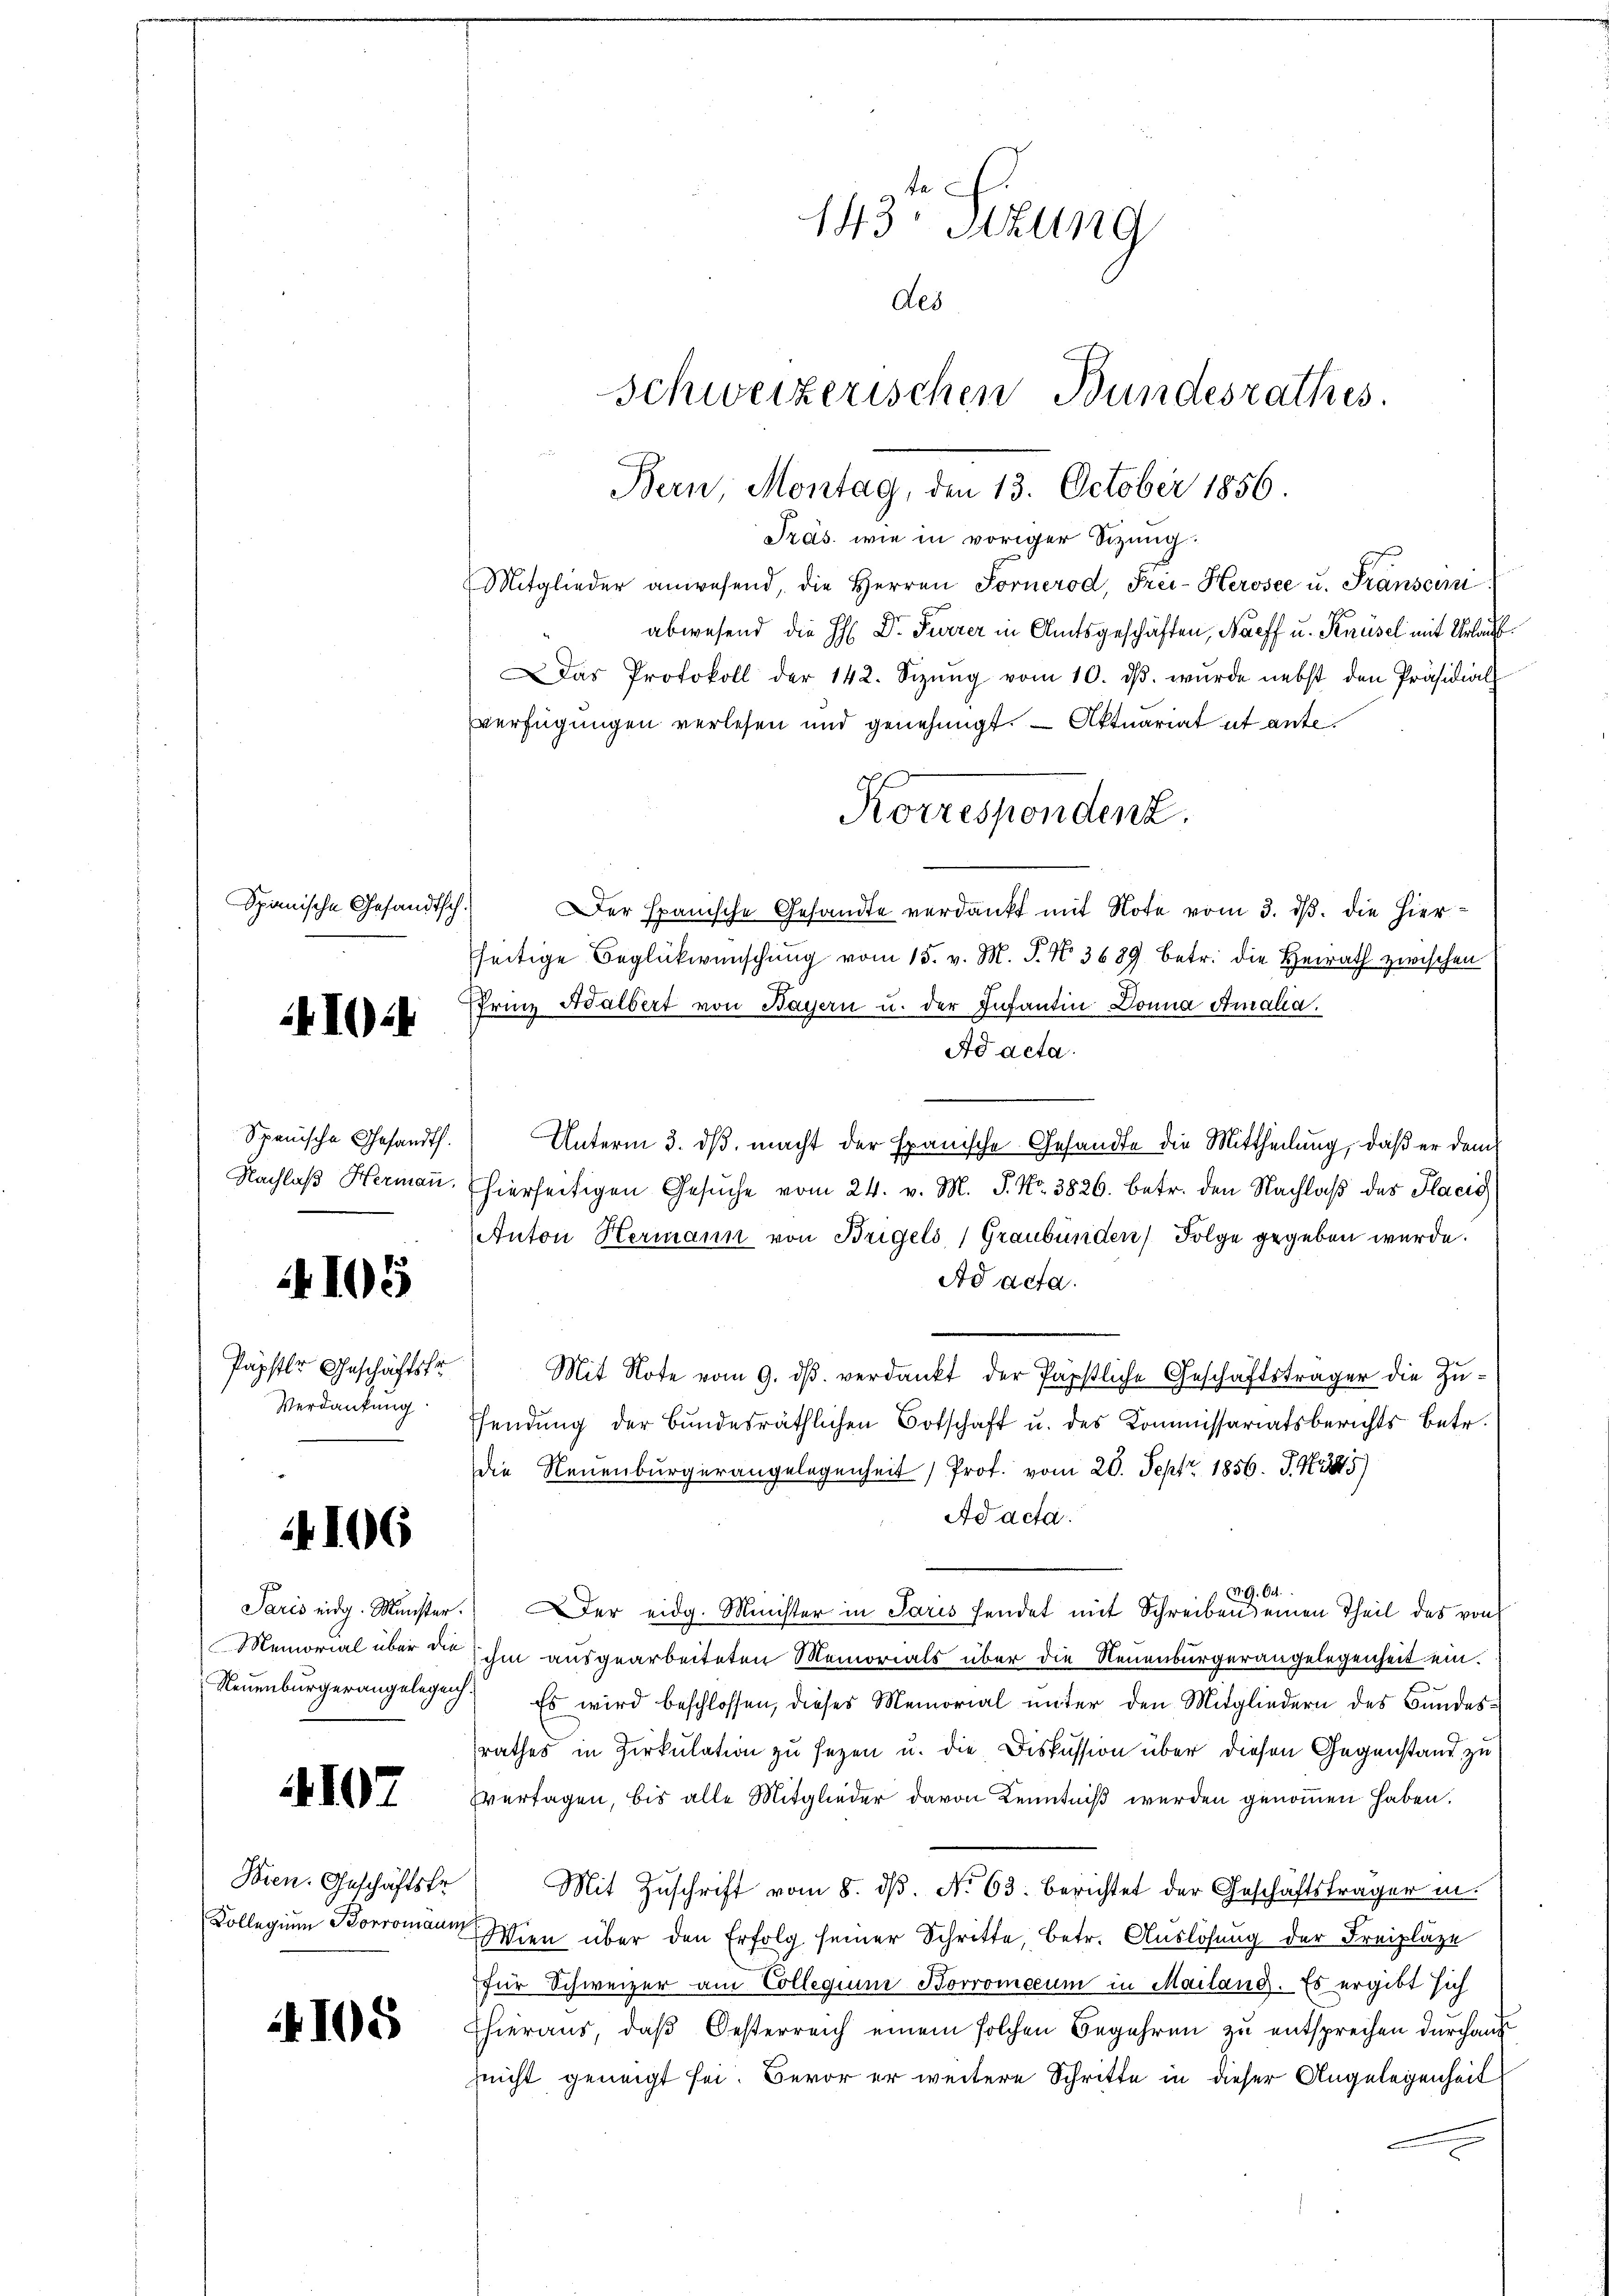
41024

Spanische Gesandtsch¬

Spanische Gesandt.

4105

Papster Geschäftsko
Verdankung

2106

4107

Bien. Geschäftskr

108

Präs. wie in voriger Sizung.
Mitglieder anwesend, die Herren Fornerod, Frei-Kerosee u. Franscini
abwesend die H: Dr. Furrer in Amtsgeschäften, Naeff u. Knüsel mit Urlau¬
Das Protokoll der 142. Sizŭng vom 10. dβ. wŭrde nebst den Präsidial
verfügungen verlesen und genehmigt. — Aktuariat et ante¬
Der Spanische Gesandte verdankt mit Note vom 3. ds. die hierseitige Beglückwünschung vom 15. v. M. J. N. 3689 betr. die Heirath zwischen
Pfrinz Halbert von Bayern u. der Infantin Donna Amalia.
Ad acta.
Unterm 3. dβ macht der Exanische Gesandte die Mittheilung, daß er dem
Nachlaβ Hermaṅ. (hierseitigen Gesŭche vom 24. v. M. P. Nr. 3826. betr. den Nachlaβ des Placis
Anton Hermann von Brigels (Graubünden Folge gegeben wurde.
Ad acta.
Mit Note vom 9. dβ verdankt der Papstliche Geschäftsträger die Zuffendung der Bundesräthlichen Botschaft u. des Kommissariatsberichts betr.
die Neuenburgerangelegenheit Prof. vom 20. Sept. 1856. J. Ni
Ad acta
v. 9. Oct.
Paris eidg. Münster. Der eidg. Minister in Paris sendet mit Schreiben einen Theil des von
Memorial über die ihm ausgearbeiteten Memorials über die Neuenburgerangelegenheit ein¬
Neuenburgerangelegen. Es wird beschlossen, dieses Memorial ŭnter den Mitgliedern des Bundesrathes in Zirkulation zu sezen u. die Diskussion über diesen Gegenstand zu
vertagen, bis alle Mitglieder davon Kenntniß werden genommen haben.
Mit Zuschrift vom 8. dβ. No 63. Berichtet der Geschäftsträger in
Kollegium Boromanen Wien über den Erfolg seiner Schritte, betr. Auslösung der Freipläze
für Schweizer am Collegium Borromecum in Mailand. Es ergibt sich
Ehieraus, daß Oesterreich einem solchen Begehren zu entsprechen durchauf
nnicht geneigt sei. Bevor er weitere Schritte in dieser Angelegenheit

143 Sitzung
des
Schweizerischen Bundesrathes.
Bern, Montag, den 13. October 1856.

Korrespondenz.